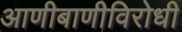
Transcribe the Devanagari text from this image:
आणीबाणीविरोधी